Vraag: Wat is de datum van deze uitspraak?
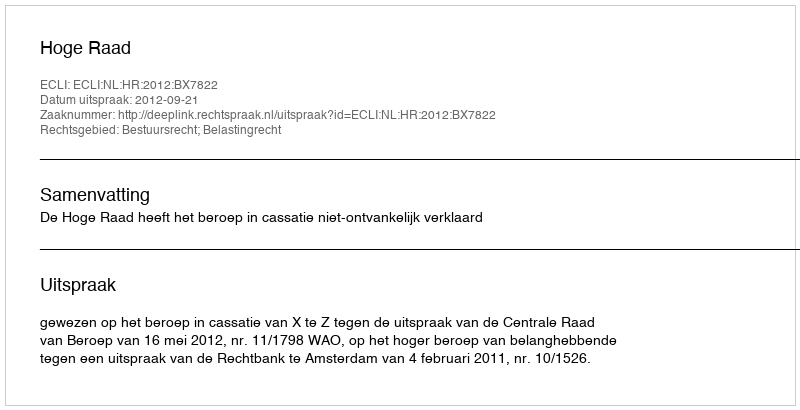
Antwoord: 2012-09-21